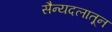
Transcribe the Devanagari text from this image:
सैन्यदलातून